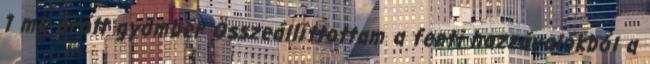
1 mk őrölt gyömbér Összeállíttottam a fenti hozzávalókból a